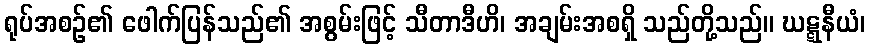
ရုပ်အစဉ်၏ ဖေါက်ပြန်သည်၏ အစွမ်းဖြင့် သီတာဒီဟိ၊ အချမ်းအစရှိ သည်တို့သည်။ ဃဋ္ဋနီယံ၊